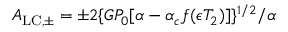
A _ { \mathrm { L C , \pm } } = \pm 2 \{ G P _ { 0 } [ \alpha - \alpha _ { c } f ( \epsilon T _ { 2 } ) ] \} ^ { 1 / 2 } / \alpha